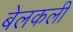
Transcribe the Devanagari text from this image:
बेलकली